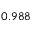
0 . 9 8 8